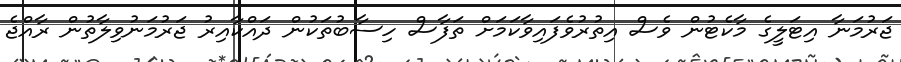
ޖަރުމަނާ އިޓަލީގެ މާކެޓުން ވެސް އިތުރުވެފައިވާކަމަށް ތަފާސް ހިސާބުތަކުން ދައްކާއިރު ޖަރުމަނުވިލާތުން ރާއްޖެ